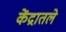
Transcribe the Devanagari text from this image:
केंद्रातले